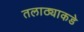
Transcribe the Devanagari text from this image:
तलाठ्याकडे